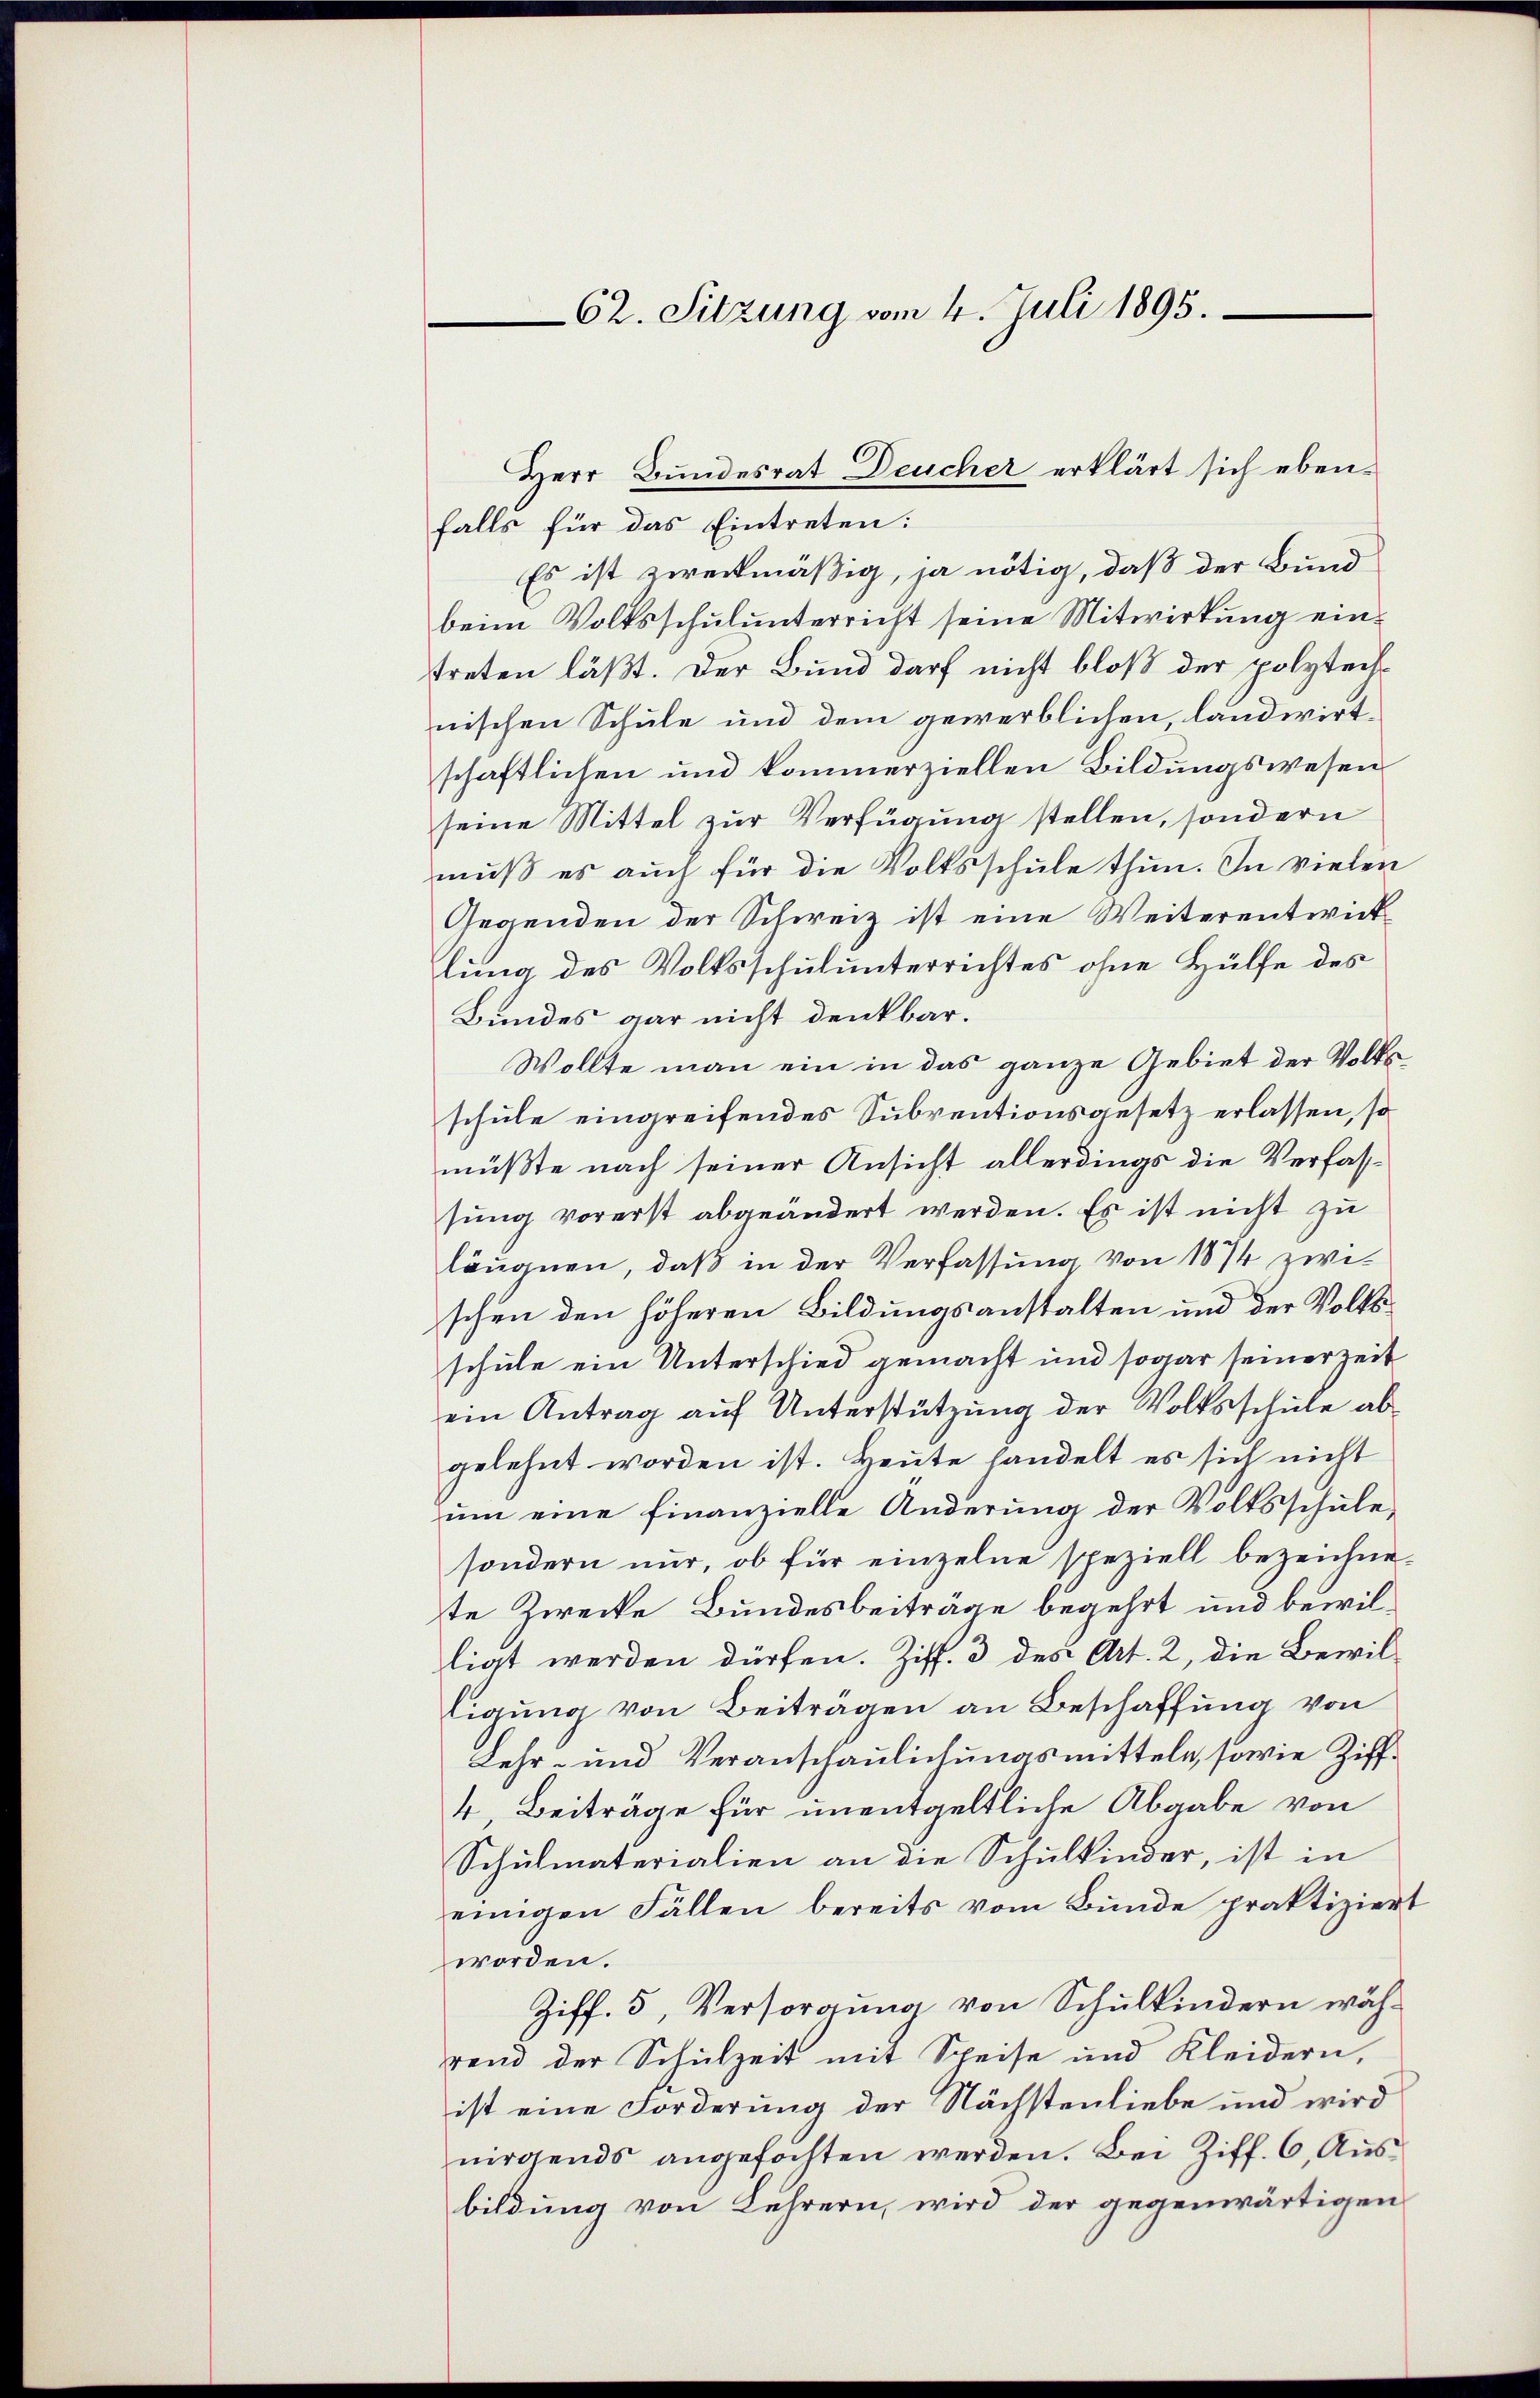
62. Sitzung vom 4. Juli 1895.

Herr Bundesrat Deucher erklärt sich eben¬

falls für das Eintreten:
Es ist zweckmäßig, ja nötig, daß der Bund
beim Volksschulunterricht seine Mitwirkung eintreten läßt. Der Bund darf nicht bloß der polytechnischen Schule und dem gewerblichen, landwirtschaftlichen und kommerziellen Bildungswesen
seine Mittel zur Verfügung stellen, sondern
mŭβ es aŭch für die Volksschŭle thun. In vielen
Gegenden der Schweiz ist eine Weiterentwicklung des Volksschulunterrichtes ohne Hülfe des
Bundes gar nicht denkbar.
Wollte man ein in das ganze Gebiet der Volksschule eingreifendes Subventionsgesetz erlassen, so
müßte nach seiner Ansicht allerdings die Verfasssung vorerst abgeändert werden. Es ist nicht zu
läugnen, daß in der Verfassung von 1874 zwischen den höheren Bildungsanstalten und der Volksschule ein Unterschied gemacht und sogar seiner Zeit
ein Antrag auf Unterstützung der Volksschule abgelehnt worden ist. Heute handelt es sich nicht
ŭm eine finanzielle Änderung der Volksschule
sondern nur, ob für einzelne speziell bezeichnete Zwecke Bundesbeiträge begehrt und bewilligt werden dürfen. Ziff. 3 des Art. 2, die Bewilligung von Beiträgen an Beschaffung von
Lehr- und Veranschaulichungsmitteln, sowie Ziff¬
4, Beiträge für unentgeltliche Abgabe von
Schulmaterialien an die Schulkinder, ist in
einigen Fällen bereits vom Bunde praktiziert
worden.
Ziff. 5, Versorgung von Schulkindern während der Schulzeit mit Speise und Kleidern,
ist eine Forderung der Nächstenliebe und wird
nirgends angefochten werden. Bei Ziff. 6, Ausbildung von Lehrern, wird der gegenwärtigen